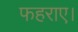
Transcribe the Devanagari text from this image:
फहराए।